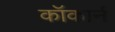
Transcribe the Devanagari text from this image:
कॉकार्न